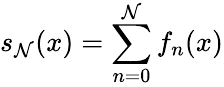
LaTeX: s_{\mathcal{N}}(x)=\sum_{n=0}^{\mathcal{N}}f_{n}(x)